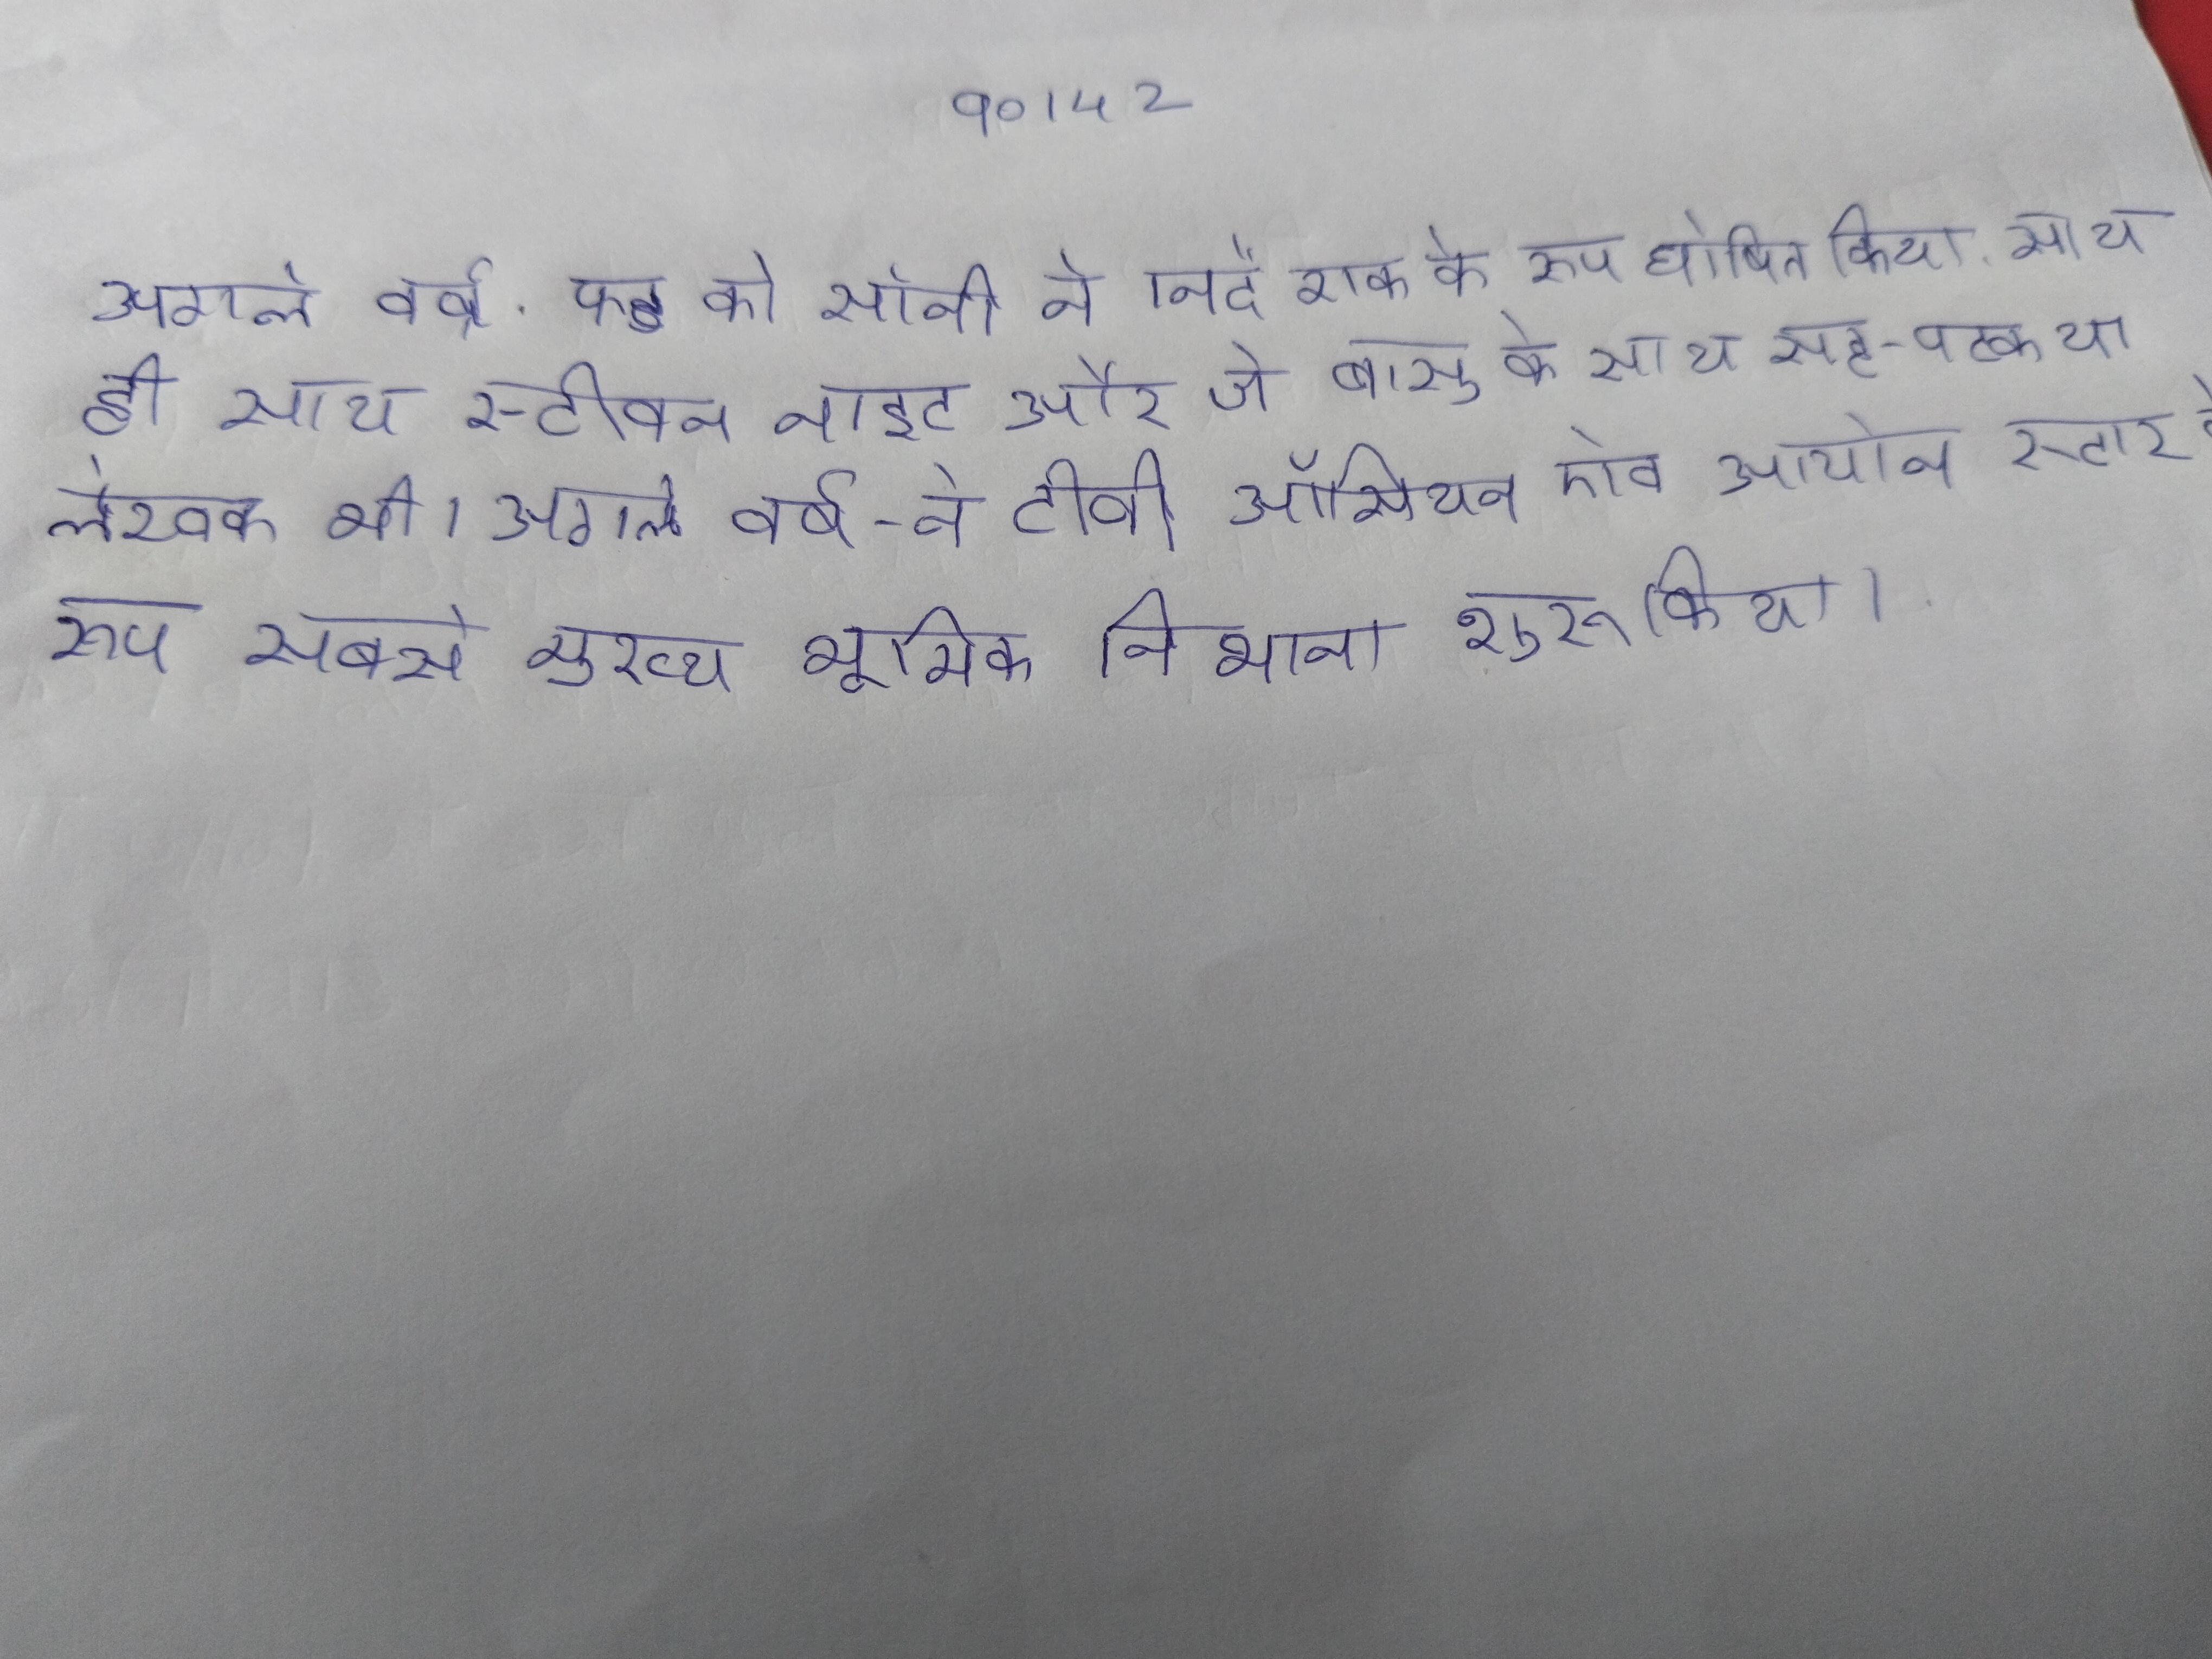
अगले वर्ष, फेड को सोनी ने निर्देशक के रूप घोषित किया, साथ ही साथ स्टीवन नाइट और जे बासु के साथ सह-पटकथा लेखक भी । अगले वर्ष, ने टीवी ऑसियन ऐव आयोन स्टार के रूप सबसे मुख्य भूमिका निभाना शुरू किया ।